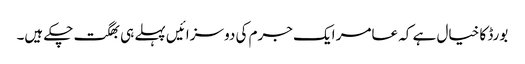
بورڈ کا خیال ہے کہ عامر ایک جرم کی دو سزائیں پہلے ہی بھگت چکے ہیں۔